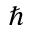
\hbar